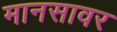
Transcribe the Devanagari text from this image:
मानसावर